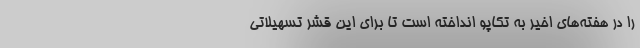
را در هفته‌های اخیر به تکاپو انداخته است تا برای این قشر تسهیلاتی